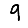
Digit: 9